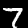
Digit: 7